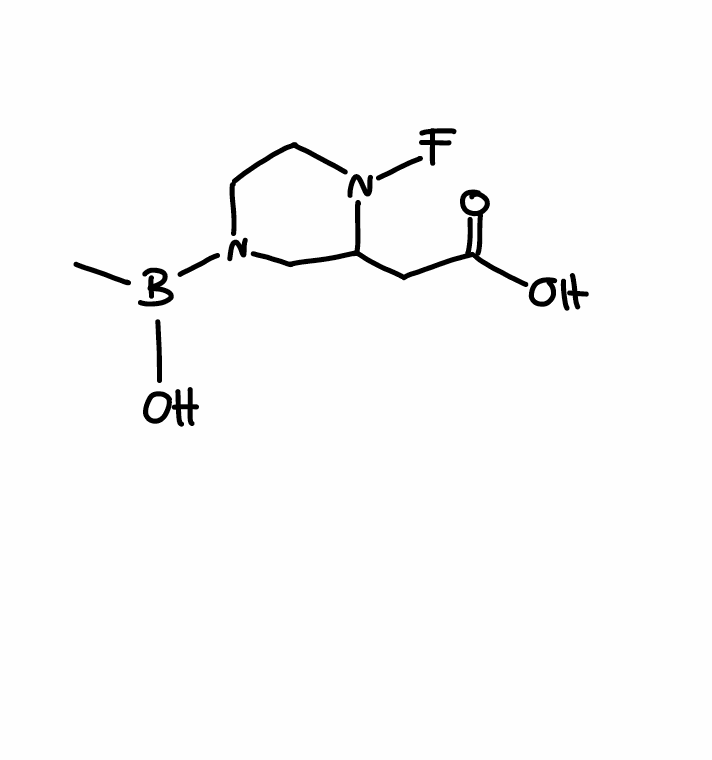
Simplified molecular-input line-entry system (SMILES) notation of the given molecule:
B(C)(N1CCN(C(C1)CC(=O)O)F)O